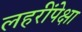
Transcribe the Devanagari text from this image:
लहरींपेक्षा